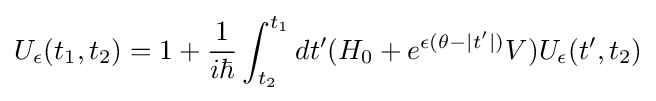
U_{\epsilon }(t_{1},t_{2})=1+{\frac {1}{i\hbar }}\int _{t_{2}}^{t_{1}}dt'(H_{0}+e^{\epsilon (\theta -|t'|)}V)U_{\epsilon }(t',t_{2})